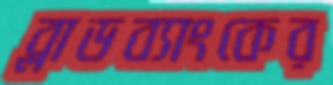
ব্লাডব্যাংকের